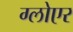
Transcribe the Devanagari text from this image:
ग्लोएर